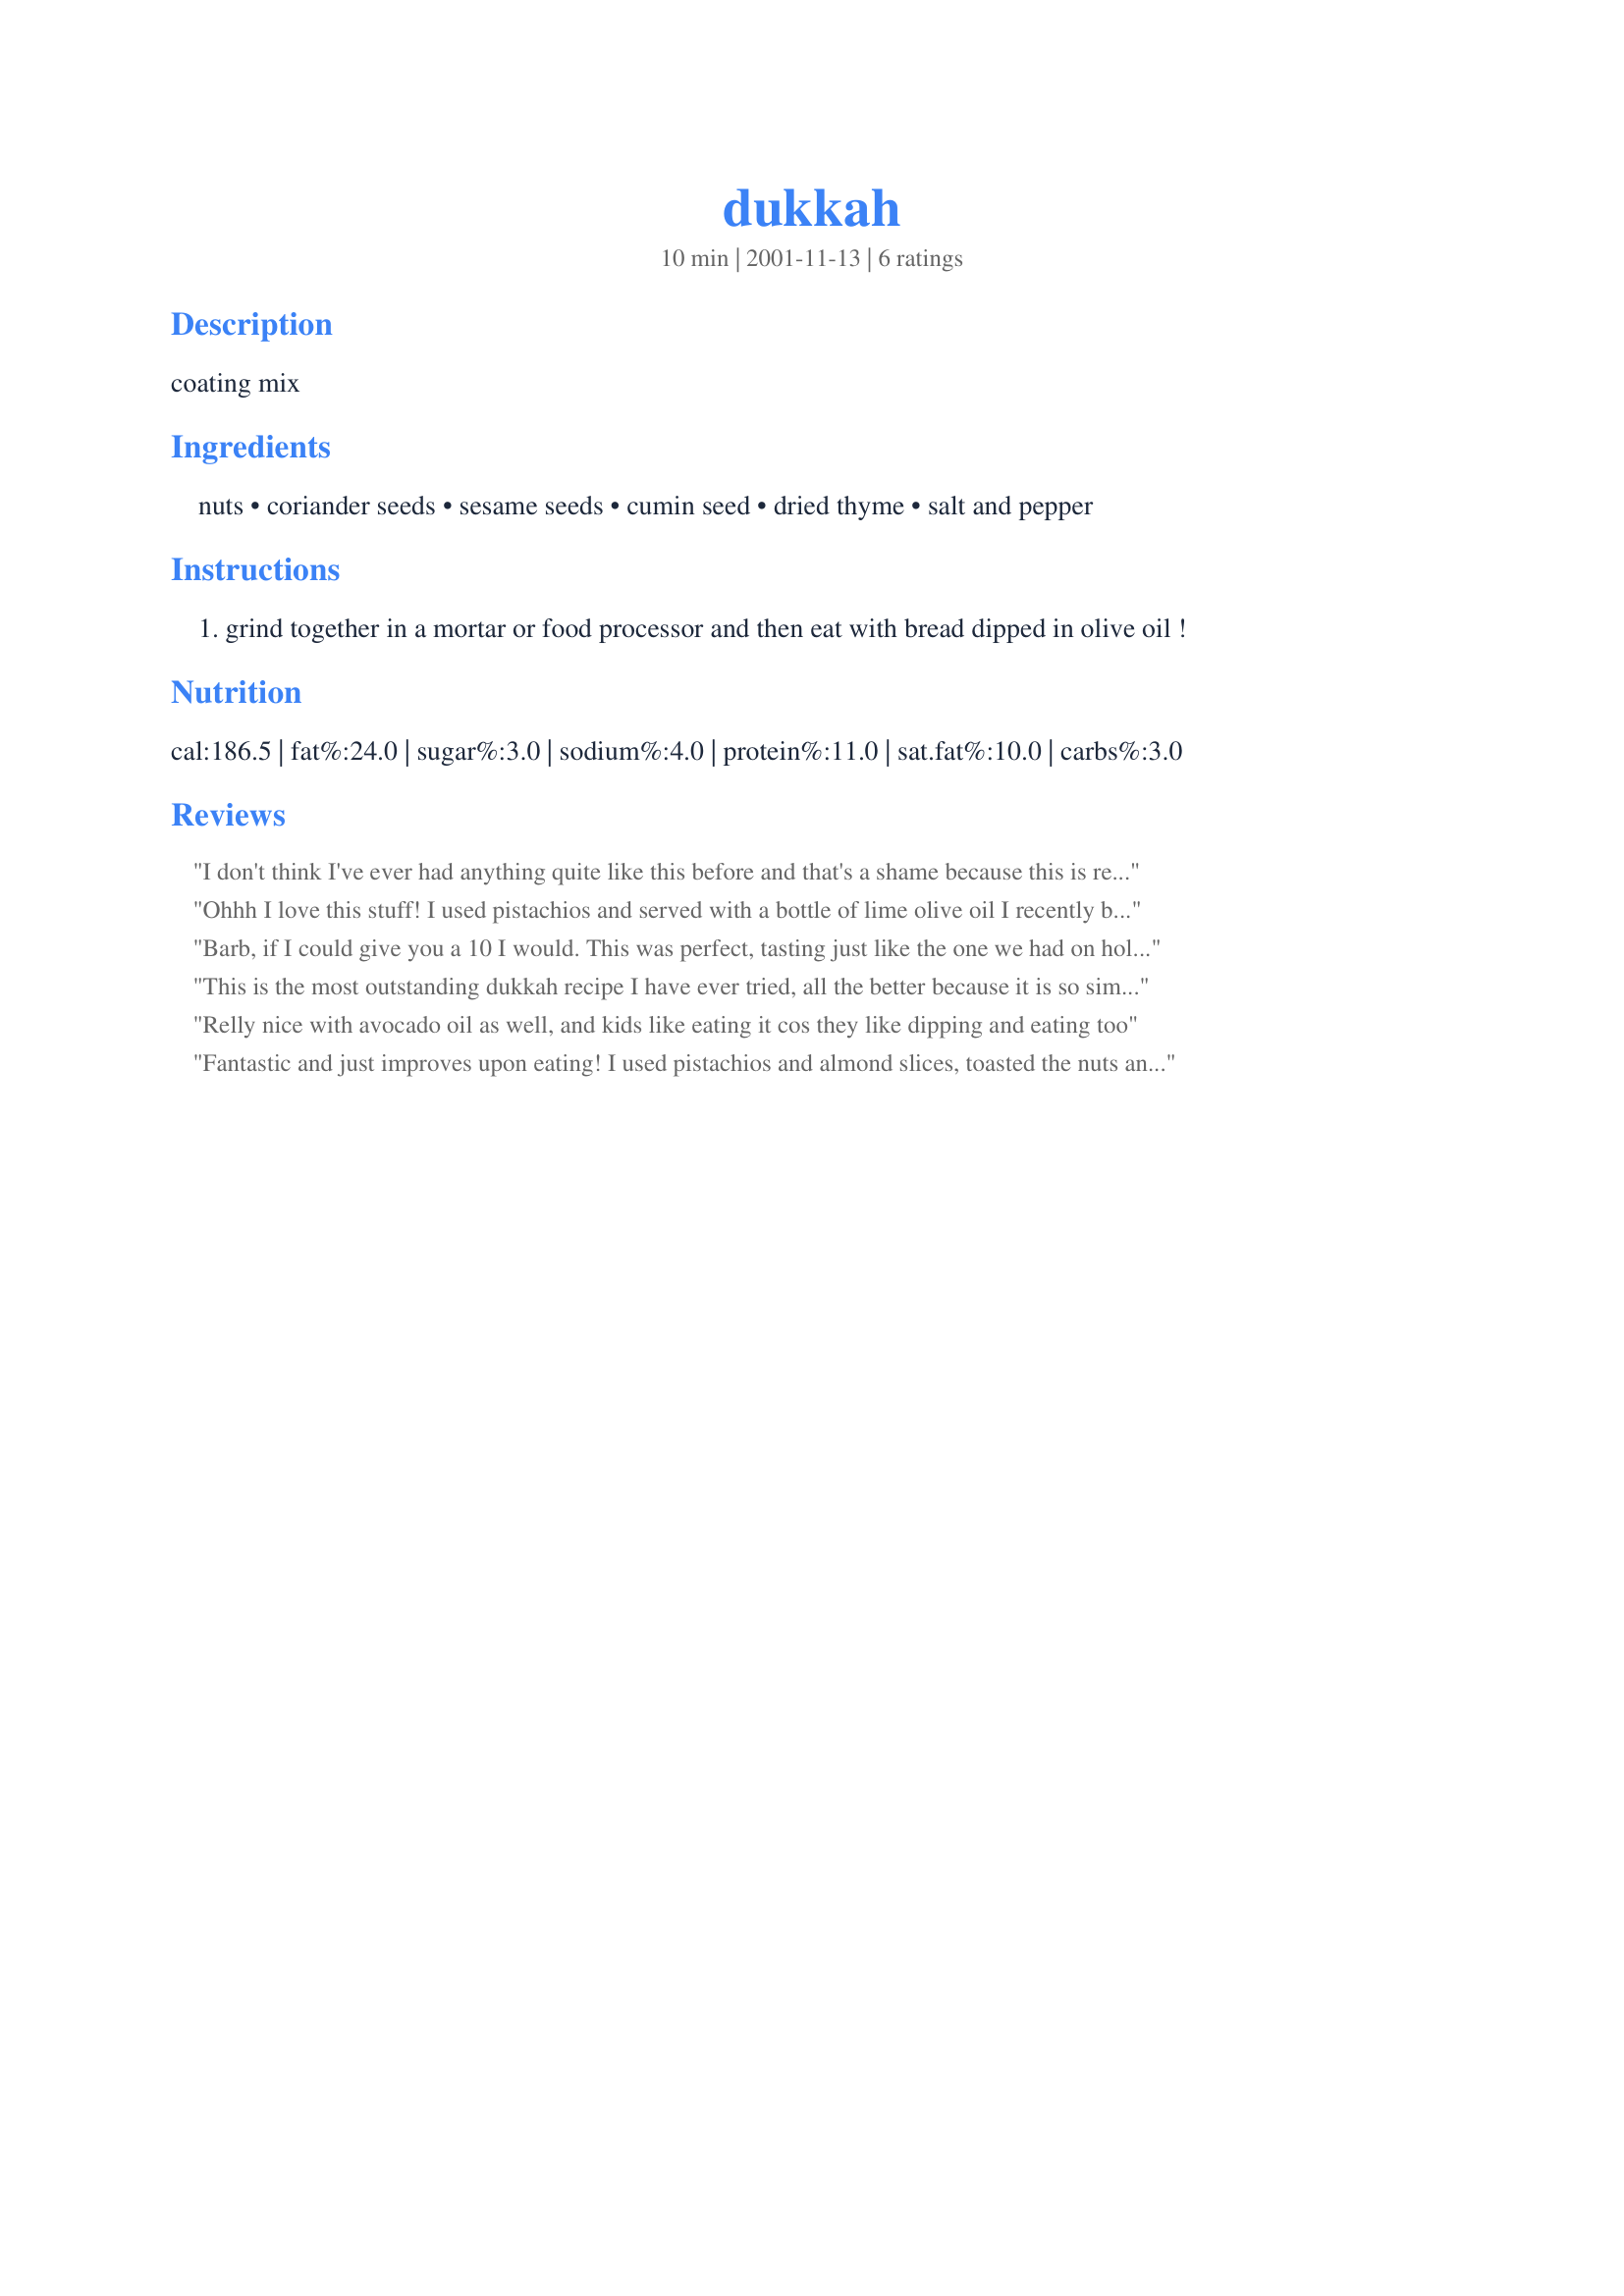
dukkah
Preparation time: 10 minutes

coating mix

Ingredients:
nuts, coriander seeds, sesame seeds, cumin seed, dried thyme, salt and pepper

Steps:
grind together in a mortar or food processor and then eat with bread dipped in olive oil !

Reviews:
I don't think I've ever had anything quite like this before and that's a shame because this is really good. Dh positively loved it. We had leftovers so I sprinkled it over the next day's chicken salad. Wonderful both ways.
Ohhh I love this stuff!
I used pistachios and served with a bottle of lime olive oil I recently bought on a wine trail. great stuff!
Barb, if I could give you a 10 I would. This was perfect, tasting just like the one we had on holidays. I used hazelnuts, and added nigella seeds, and it was great. Thanks for finding it for me
This is the most outstanding dukkah recipe I have ever tried, all the better because it is so simple and quick! I used hazelnuts and followed the recipe exactly - DH and I couldn't stop eating it, this is truly a gem! Thanks for posting!
Relly nice with avocado oil as well, and kids like eating it cos they like dipping and eating too
Fantastic and just improves upon eating! I used pistachios and almond slices, toasted the nuts and seeds (not the thyme or salt/pepper) in a skillet on low for about 10 minutes shaking the pan frequently as you might for popcorn so nothing would burn. Just when the aroma was perfect, I let them cool in a single layer, then pulsed in my Magic Bullet, periodically removing the smallest pieces so it wouldn't turn to complete powder as I continued to grind the larger nut pieces. Served with mini pitas broiled for just under a minute and olive oil, this was a real hit for us! With the Recipe #138110, it made for a light but satisfying meal. Thank you, Alan!
